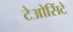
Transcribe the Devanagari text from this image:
टेओसिंटे